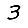
Digit: 3